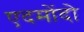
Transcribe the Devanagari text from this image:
एदमोंदो